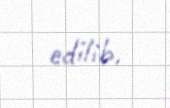
edilib.